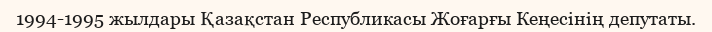
1994-1995 жылдары Қазақстан Республикасы Жоғарғы Кеңесінің депутаты.